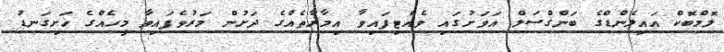
ލޮމްބޮކް އައިލެންޑްގެ ބަންގްސަލް އަވަށުގައި ވެއްޓިފައިވާ އިމާރާތެއްގެ ދަށުން މަރުވެފައިވާ މީހެއްގެ ހަށިގަނޑު